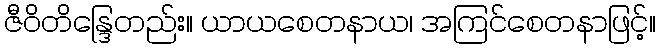
ဇီဝိတိန္ဒြေတည်း။ ယာယစေတနာယ၊ အကြင်စေတနာဖြင့်။